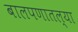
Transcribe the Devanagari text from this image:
बालपणातल्या